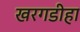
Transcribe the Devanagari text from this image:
खरगडीहा